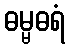
ဓမ္မဓရံ